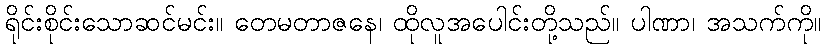
ရိုင်းစိုင်းသောဆင်မင်း။ တေမတာဇနေ၊ ထိုလူအပေါင်းတို့သည်။ ပါဏာ၊ အသက်ကို။